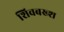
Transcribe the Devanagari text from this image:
शिवबख्श